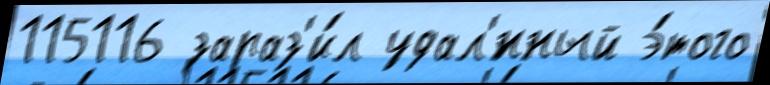
115116 зараз'и́л удал'́нный э́того